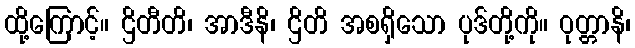
ထို့ကြောင့်။ ဌိတီတိ၊ အာဒီနိ၊ ဌိတိ အစရှိသော ပုဒ်တို့ကို။ ဝုတ္တာနိ၊